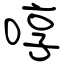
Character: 啍